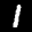
Label: 1